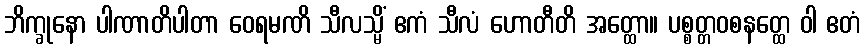
ဘိက္ခုနော ပါဏာတိပါတာ ဝေရမဏိ သီလသ္မိံ ဧကံ သီလံ ဟောတီတိ အတ္ထော။ ပစ္စတ္တဝစနတ္ထေ ဝါ ဧတံ